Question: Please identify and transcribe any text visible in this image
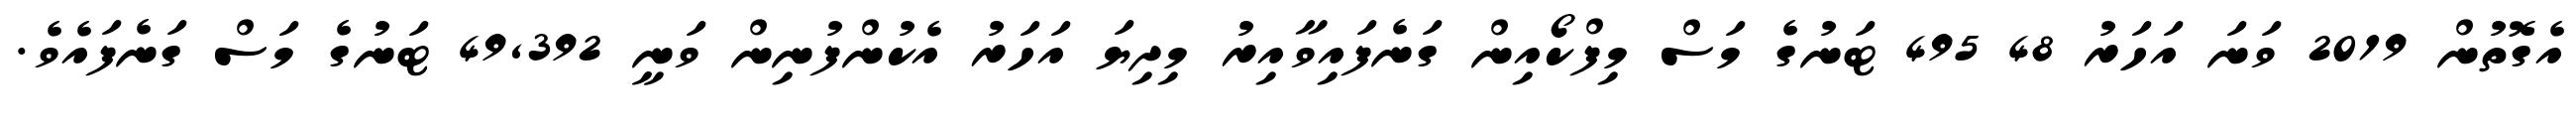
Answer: އެގޮތުން 2019 ވަނަ އަހަރު 48 495 ޓަނުގެ މަސް މިފްކޯއިން ގަނެފައިވާއިރު މިދިޔަ އަހަރު އެކުންފުނިން ވަނީ 49,392 ޓަނުގެ މަސް ގަނެފައެވެ.